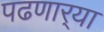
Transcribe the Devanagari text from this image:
पढणार्‍या